Annual report of the Camel Specialist
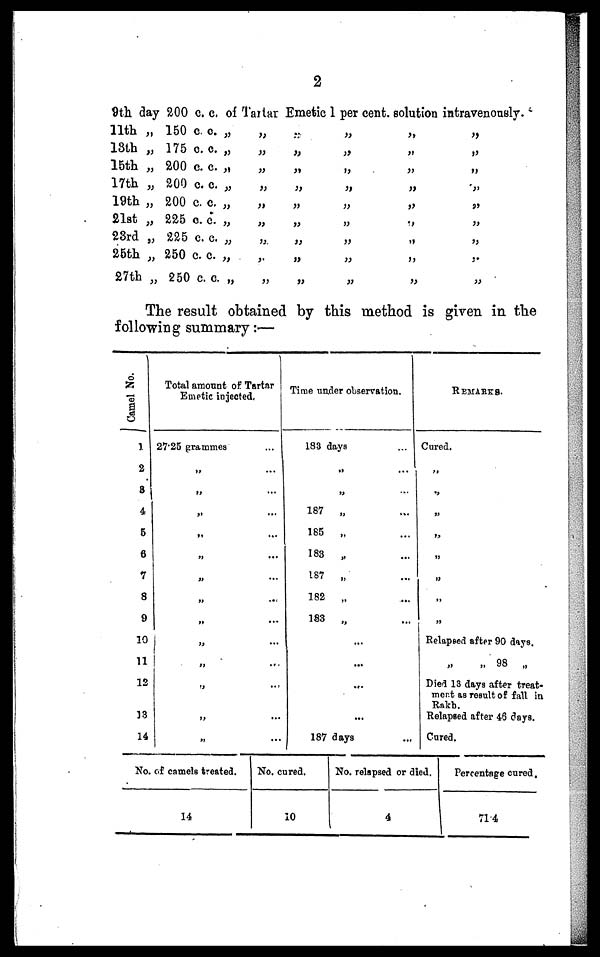
2
9th day 200 c. c. of Tartar Emetic 1 per cent. solution intravenously.
11th „
13th „
15th „
17th „
19th „
21st „
23rd „
25th „
27th „
150 c. c. „
175 c. c. „
200 c. c. „
200 c. c. „
200 c. c. „
225 c. c. „
225 c. c. „
250 c. c. „
250 c. c. „
„
„
„
„
„
„
„
„
„
„
„
„
„
„
„
„
„
„
„
„
„
„
„
„
„
„
„
„
„
„
„
„
„
„
„
„
„
„
„
„
„
„
„
„
„
The result obtained by this method is given in the
following summary :—
Camel No.
1
2
3
4
5
6
7
8
9
10
11
12
13
14
Total amount of Tartar
Emetic injected.
27.25 grammes ...
„ ...
„ ...
„
...
„ ...
„
...
„
...
„ ...
„ ...
„ ...
„ ...
„
...
„ ...
„ ...
Time under observation.
183 days ...
„ ...
„ ...
187 „ ...
185 „ ...
183 „ ...
187 „ ...
182 „ ...
183 „ ...
...
...
...
...
187 days ...
REMARKS.
Cured.
„
„
„
„
„
„
„
„
Relapsed after 90 days.
„
„
98
„
Died 13 days after treat-
ment as result of fall in
Rakh.
Relapsed after 46 days.
Cured.
No. of camels treated.
14
No. cured.
10
No. relapsed or died.
4
Percentage cured.
71.4